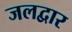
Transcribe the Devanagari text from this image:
जलद्वार